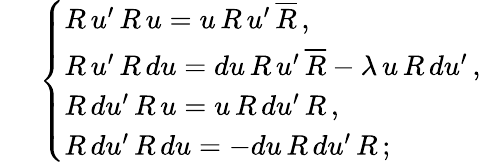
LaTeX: \; \; \; \; \; \left\{ \begin{array}{l}{{R\, u^{\prime}\, R\, u=u\, R\, u^{\prime}\, \overline{{{R}}}\, ,}}\\ {{R\, u^{\prime}\, R\, du=du\, R\, u^{\prime}\, \overline{{{R}}}-\lambda\, u\, R\, du^{\prime}\, ,}}\\ {{R\, du^{\prime}\, R\, u=u\, R\, du^{\prime}\, R\, ,}}\\ {{R\, du^{\prime}\, R\, du=-du\, R\, du^{\prime}\, R\, ;}}\end{array}\right.